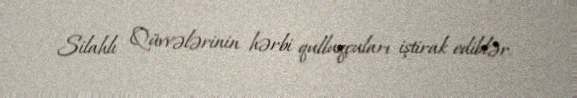
Silahlı Qüvvələrinin hərbi qulluqçuları iştirak ediblər.